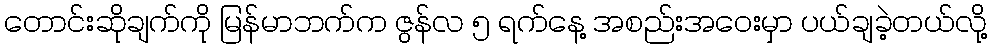
တောင်းဆိုချက်ကို မြန်မာဘက်က ဇွန်လ ၅ ရက်နေ့ အစည်းအဝေးမှာ ပယ်ချခဲ့တယ်လို့